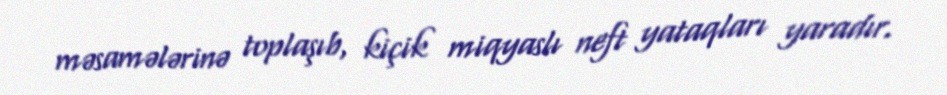
məsamələrinə toplaşıb, kiçik miqyaslı neft yataqları yaradır.